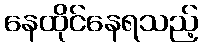
နေထိုင်နေရသည့်